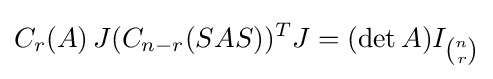
C_{r}(A)\,J(C_{n-r}(SAS))^{T}J=(\det A)I_{\binom {n}{r}}